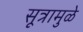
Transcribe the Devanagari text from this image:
सूत्रामुळे